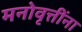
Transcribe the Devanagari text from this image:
मनोवृत्तींना